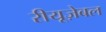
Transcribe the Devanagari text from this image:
रीयूज़ेबल